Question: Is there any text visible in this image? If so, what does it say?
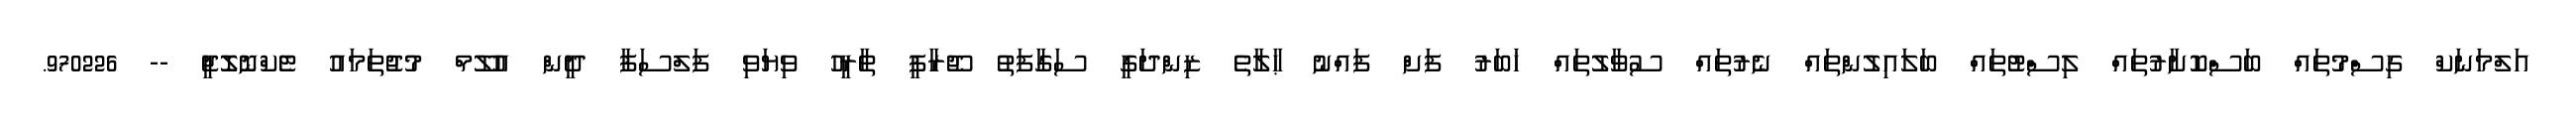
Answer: އަލްމަނަކް ގިސްމުތައް ބަސްކޮށާރުތައް ލިސްޓުތައް ބަލައިލުންތައް ނެރުތައް ސުވާލުތައް ޚަބަރު ފަށް ފައްނު ޙާލާތެ ޒިންދަގީ ސަގާފަތު ޖޫރާފީ ތާރީހު ވިޔަވި ފަލްސަފާ ދީން އުލޫމް މުޖުތަމައު ޓެކްނޮލޮޖީ -- 970226.